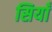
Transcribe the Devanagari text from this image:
सियाँ